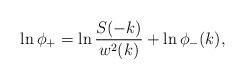
LaTeX: \begin{align*}\ln\phi_+ = \ln\frac{S(-k)}{w^2(k)} + \ln\phi_-(k),\end{align*}